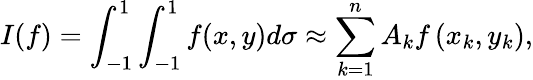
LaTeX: I(f)=\int_{-1}^{1}\int_{-1}^{1}f(x,y)d\sigma\approx\sum_{k=1}^{n}A_{k}f\left(x_{k},y_{k}\right),